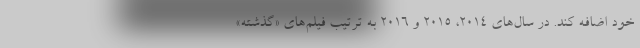
خود اضافه کند. در سال‌های ۲۰۱۴، ۲۰۱۵ و ۲۰۱۶ به ترتیب فیلم‌های «گذشته»